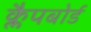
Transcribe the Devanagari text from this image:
क्लैपबोर्ड